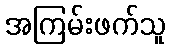
အကြမ်းဖက်သူ